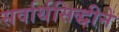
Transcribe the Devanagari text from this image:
सर्वार्थसिद्धीने